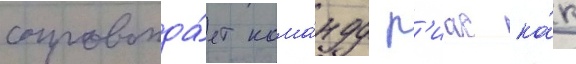
сопровожда́ет кома́нду р'иас ка́к